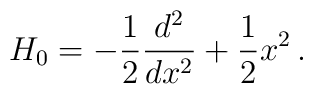
H_{0}=-\frac{1}{2}\frac{d^{2}}{dx^{2}}+\frac{1}{2}x^{2} \,.